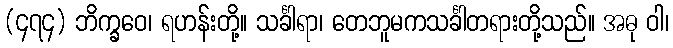
(၄၇၄) ဘိက္ခဝေ၊ ရဟန်းတို့။ သင်္ခါရာ၊ တေဘူမကသင်္ခါတရားတို့သည်။ အဓု ဝါ၊